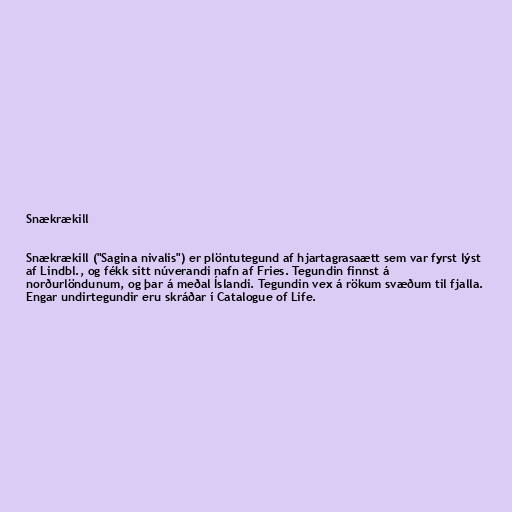
Snækrækill

Snækrækill ("Sagina nivalis") er plöntutegund af hjartagrasaætt sem var fyrst lýst
af Lindbl., og fékk sitt núverandi nafn af Fries. Tegundin finnst á
norðurlöndunum, og þar á meðal Íslandi. Tegundin vex á rökum svæðum til fjalla.
Engar undirtegundir eru skráðar í Catalogue of Life.